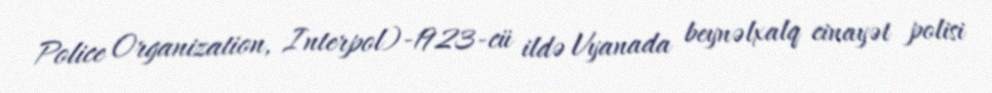
Police Organization, Interpol)-1923-cü ildə Vyanada beynəlxalq cinayət polisi